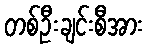
တစ်ဦးချင်းစီအား